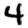
Digit: 4